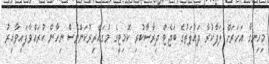
މިހިނގާ އަހަރަށް ލަފާކުރާ ދައުލަތުގެ ބަޖެޓް ދިރާސާކުރި ކޮމިޓީގެ މުގައްރިރުކަންވެސް ނިހާން ކުރައްވާފައިވާއިރު